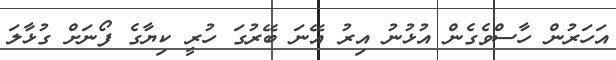
އަހަރުން ހާސްވެގެން އުޅުނު އިރު އޭނަ ބޭރުގަ ހުރީ ކިޔާގެ ފޯނަށް ގުޅާލަ